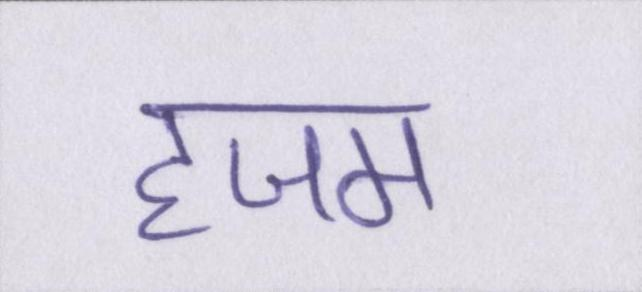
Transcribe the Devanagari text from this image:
हजम